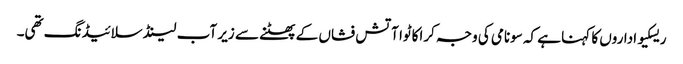
ریسکیو اداروں کا کہنا ہے کہ سونامی کی وجہ کراکاٹوا آتش فشاں کے پھٹنے سے زیر آب لینڈ سلائیڈنگ تھی۔